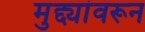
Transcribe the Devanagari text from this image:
मुद्द्यांवरून